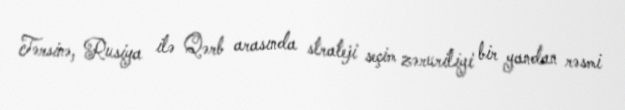
Tərsinə, Rusiya ilə Qərb arasında strateji seçim zəruriliyi bir yandan rəsmi